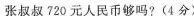
张叔叔720元人民币够吗?(4分)